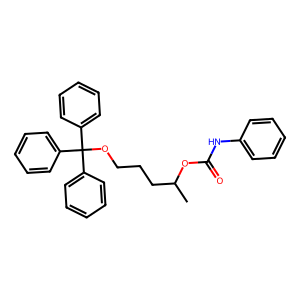
SMILES: CC(CCCOC(c1ccccc1)(c1ccccc1)c1ccccc1)OC(=O)Nc1ccccc1
Inhibits HIV replication: No